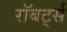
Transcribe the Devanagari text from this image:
रॉबर्ट्‍स